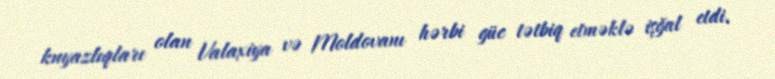
knyazlıqları olan Valaxiya və Moldovanı hərbi güc tətbiq etməklə işğal etdi.